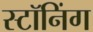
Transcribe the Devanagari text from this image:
स्टॉनिंग